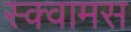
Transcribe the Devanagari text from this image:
स्क्वामस